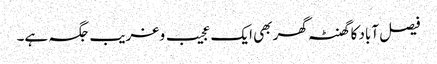
فیصل آباد کا گھنٹہ گھر بھی ایک عجیب و غریب جگہ ہے۔